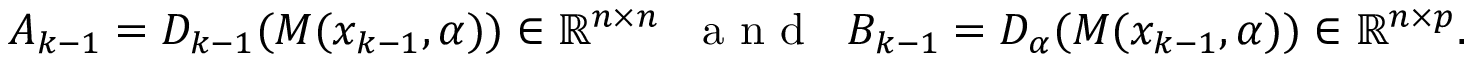
A _ { k - 1 } = D _ { k - 1 } ( M ( x _ { k - 1 } , \alpha ) ) \in \mathbb { R } ^ { n \times n } \mathrm { ~ \; ~ a ~ n ~ d ~ \; ~ } B _ { k - 1 } = D _ { \alpha } ( M ( x _ { k - 1 } , \alpha ) ) \in \mathbb { R } ^ { n \times p } .